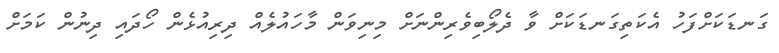
ގަނޑަކަށްފަހު އެކަތިގަނޑަކަށް ވާ ދެލޯބިވެރިންނަށް މިނިވަން މާހައުލެއް ދިރިއުޅެން ހޯދައި ދިނުން ކަމަށް